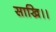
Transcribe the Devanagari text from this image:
साखि।।